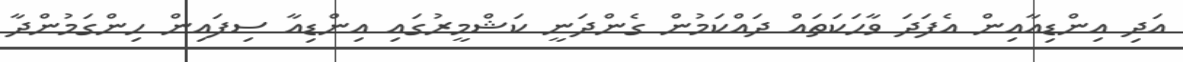
އަދި އިންޑިއާއިން އެފަދަ ވާހަކަތައް ދައްކަމުން ގެންދަނީ ކަޝްމީރުގައި އިންޑިއާ ސިފައިން ހިންގަމުންދާ